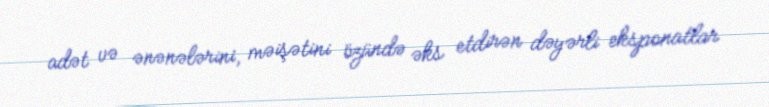
adət və ənənələrini, məişətini özündə əks etdirən dəyərli eksponatlar